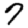
Digit: 7